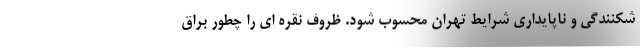
شکنندگی و ناپایداری شرایط تهران محسوب شود. ظروف نقره ای را چطور براق